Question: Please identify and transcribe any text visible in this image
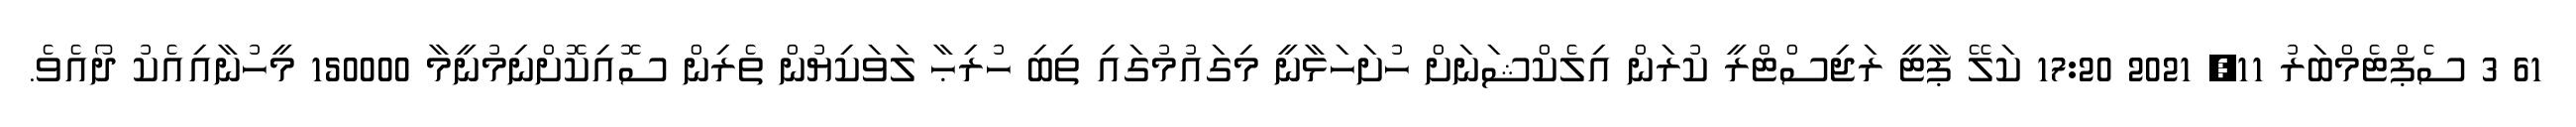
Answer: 61 3 ސެޕްޓެމްބަރު 11, 2021 17:20 ކަލޭ ޕާޓީ ރަޖިސްޓްރީ ކުރަން އިލެކްޝަނަށް ހުށަހަޅާނީ މިގައުމުގައި ތިބި ހުރިޙާ ލަވަކިޔުން ތެރިން ސޮއިކޮށްނިމުނީމާ 150000 މީހުނާއިއެކު ދޯއެވެ.